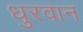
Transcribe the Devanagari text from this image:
धुरवान